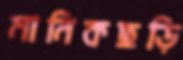
মানিকছড়ি